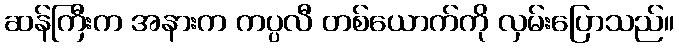
ဆန်ကြီးက အနားက ကပ္ပလီ တစ်ယောက်ကို လှမ်းပြောသည်။